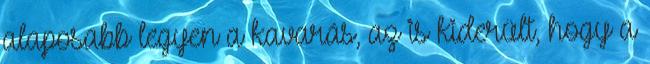
alaposabb legyen a kavarás, az is kiderült, hogy a